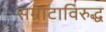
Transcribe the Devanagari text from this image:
सम्राटाविरुद्ध